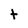
Character: t